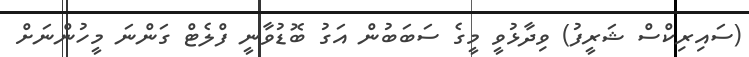
(ސައިރިކްސް ޝަރީފު) ވިދާޅުވީ މީގެ ސަބަބުން އަގު ބޮޑުވާނީ ފްލެޓް ގަންނަ މީހުންނަށް